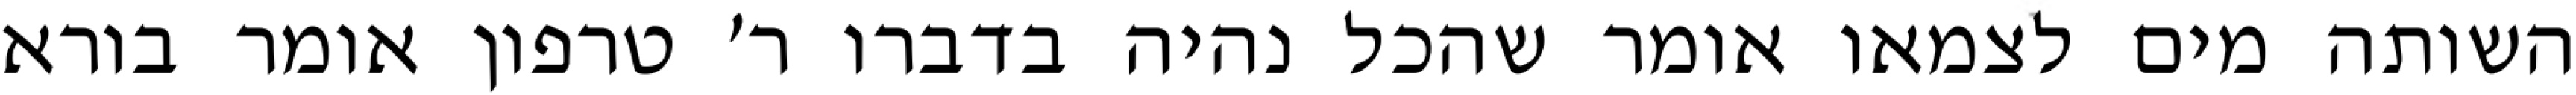
השותה מים לצמאו אומר שהכל נהיה בדברו ר׳ טרפון אומר בורא